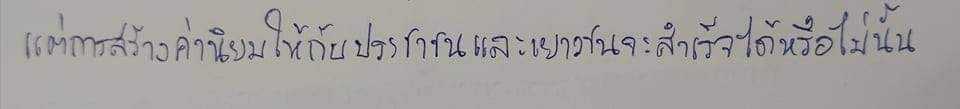
แต่การสร้างค่านิยมให้กับประชาชนและเยาวชนจะสำเร็จได้หรือไม่นั้น